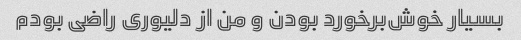
بسیار خوش‌برخورد بودن و من از دلیوری راضی بودم